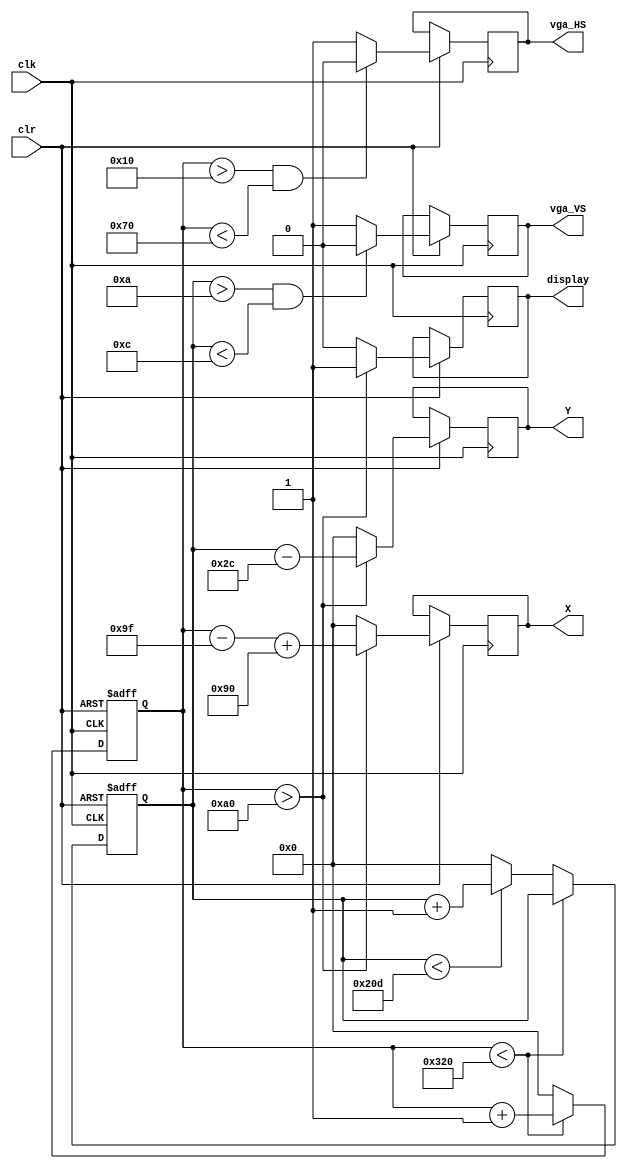
module VGA_Controller(
	input clk,
	input clr,
	output reg vga_HS,
	output reg vga_VS,
	output reg [9:0] X,
	output reg [9:0] Y,
	output reg display
);

	// parameter is the same word as const
   // horizontal values 
	parameter H_color_scan=640;
	parameter H_front_porch=16;
	parameter H_synch_pulse=96;
	parameter H_back_porch=48;
	parameter H_scan_width=800;
	
	// verticle lines 
	parameter V_color_scan=480;
	parameter V_front_porch=10;
	parameter V_synch_pulse=2;
	parameter V_back_porch=33;
	parameter V_scan_width=525;
	
	// registers for holding the vga coordinates of the screen we're currently wring to
	reg [9:0] V_pos,H_pos;
	

	// generate the horizontal and verticle synch signals
	always @(posedge clk, negedge clr) begin
	 if (!clr) begin
		H_pos <= 0;
		V_pos <= 0;
		end
	 else begin
		if(H_pos < H_scan_width) begin
			H_pos <= H_pos + 1;
		end else begin // we've reached the end of a verticle scan line
			H_pos <= 0;
			
			if(V_pos < V_scan_width) begin
				V_pos <= V_pos + 1;
			end else begin
				V_pos <= 0;
			end
			
		end
		
		// generate the vs and hs signals
	
		// horizontal pulse 
		if(H_pos > H_front_porch && H_pos < (H_front_porch+H_synch_pulse)) begin
			vga_HS <= 1'b0;
		end else begin
			vga_HS <= 1'b1;
		end
		
		// verticle pulse 
		if(V_pos > V_front_porch && V_pos < (V_front_porch+V_synch_pulse)) begin
			vga_VS <= 1'b0;
		end else begin
			vga_VS <= 1'b1;
		end
		
		// set display to true when we're in the color scan region of the horizontal pulse 
		if((H_pos > (H_front_porch + H_synch_pulse + H_back_porch))) begin
				display <= 1'b1;
				X <= H_pos - (H_front_porch + H_synch_pulse + H_back_porch -1) + 144;
				Y <= V_pos - (V_front_porch + V_synch_pulse + V_back_porch -1);
			
		end else begin
				display <= 1'b0;
				X <= 0;
				Y <= 0;
		end
		end
		
	end
	
endmodule